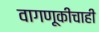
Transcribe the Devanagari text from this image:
वागणूकीचाही